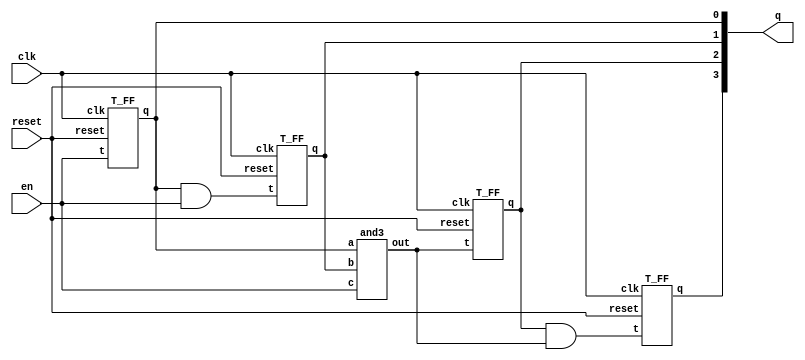
module C4B (q,en,reset,clk);
	output [3:0] q;
	input en,reset,clk;
	wire t1,t2,t3;

    and a1 (t1,q[0],en);
    and3 a2 (t2,q[0],q[1],en);
    and a3 (t3,q[2],t2);
	T_FF tff0 (q[0],en,reset,clk);
	T_FF tff1 (q[1],t1,reset,clk);
    T_FF tff2 (q[2],t2,reset,clk);
    T_FF tff3 (q[3],t3,reset,clk);
endmodule

module T_FF (q, t, reset, clk);
	output q;
	input t,reset,clk;
	wire d;

	xor x1(d,q,t);
	D_FF d1(q,d,reset,clk);
endmodule

module D_FF (q, d, reset, clk);
	output q;
	input d,reset,clk;
	reg q;
	
	always @(posedge reset or posedge clk)
		if (reset)
  			q <= 1'b0;
		else
  			q <= d;
endmodule

module and3 (out,a,b,c);
    output out;
    input a,b,c;
    wire an0;

    and a0 (an0,a,b);
    and a1 (out,an0,c);
endmodule